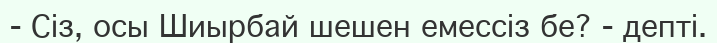
-	Сіз, осы Шиырбай шешен емессіз бе? - депті.